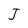
Character: J